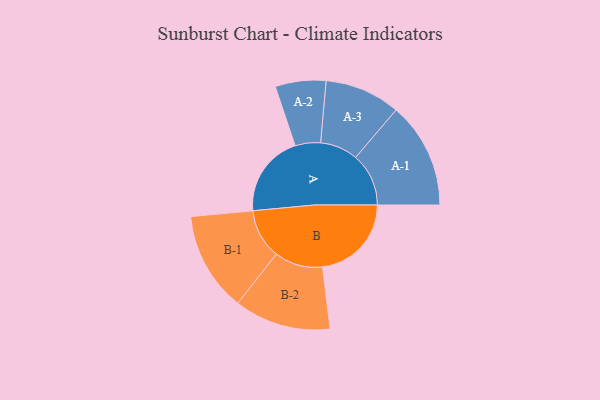
{"axis": {"x": "Segment", "y": "Value"}, "legend": ["", "A", "B"], "data": [{"x": "A", "y": 454, "type": ""}, {"x": "B", "y": 491, "type": ""}, {"x": "A-1", "y": 293, "type": "A"}, {"x": "A-2", "y": 140, "type": "A"}, {"x": "A-3", "y": 209, "type": "A"}, {"x": "B-1", "y": 275, "type": "B"}, {"x": "B-2", "y": 267, "type": "B"}]}